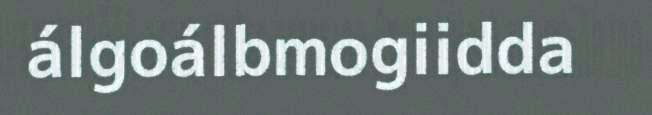
álgoálbmogiidda